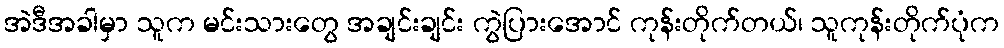
အဲဒီအခါမှာ သူက မင်းသားတွေ အချင်းချင်း ကွဲပြားအောင် ကုန်းတိုက်တယ်၊ သူကုန်းတိုက်ပုံက